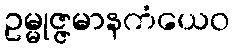
ဥမ္မုဇ္ဇမာနကံယေဝ